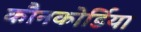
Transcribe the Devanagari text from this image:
कौनकोर्डिया